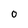
Character: 0